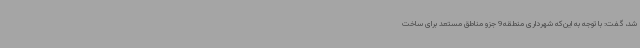
شد، گفت: با توجه به این‌که شهرداری منطقه9 جزو مناطق مستعد برای ساخت